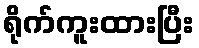
ရိုက်ကူးထားပြီး